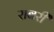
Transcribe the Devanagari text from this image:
राबरी